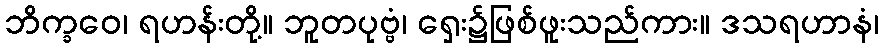
ဘိက္ခဝေ၊ ရဟန်းတို့။ ဘူတပုဗ္ဗံ၊ ရှေး၌ဖြစ်ဖူးသည်ကား။ ဒသရဟာနံ၊